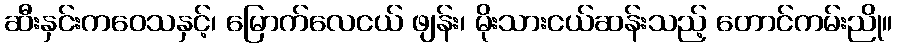
ဆီးနှင်းကဝေသနှင့်၊ မြောက်လေငယ် ဖျန်း၊ မိုးသားငယ်ဆန်းသည့် တောင်ကမ်းညို။